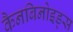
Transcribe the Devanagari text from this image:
कैनबिनोइड्स